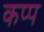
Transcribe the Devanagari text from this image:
कप्प